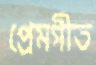
প্রেমগীত